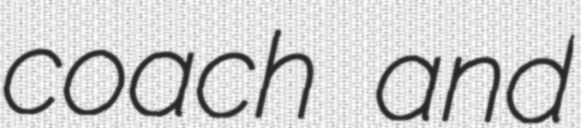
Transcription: coach and